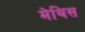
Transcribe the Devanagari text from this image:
मेथिस